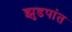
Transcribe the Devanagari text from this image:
झुडपांत